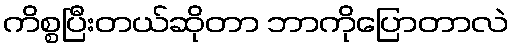
ကိစ္စပြီးတယ်ဆိုတာ ဘာကိုပြောတာလဲ